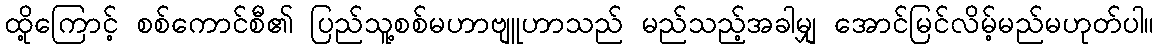
ထို့ကြောင့် စစ်ကောင်စီ၏ ပြည်သူ့စစ်မဟာဗျူဟာသည် မည်သည့်အခါမျှ အောင်မြင်လိမ့်မည်မဟုတ်ပါ။